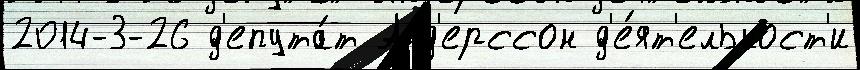
2014-3-26 д'епута́т Анд'ерссон д'е́ят'ельност'и